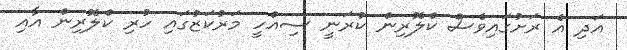
އަދި އެ ރަށުގައިވެސް ކްލޮރިން ކުރަނީ ސިއްހީ މަރުކަޒުގައި ހުރި ކްލޮރިން އާއި